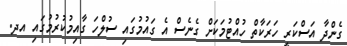
ގެންދާ އަސްކަރީ ހަރަކާތް ހުއްޓުމަކަށް ގެނެސް އެ ގައުމުގައި ސުލްހަ ގާއިމުކުރުމުގައި އދ.